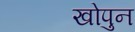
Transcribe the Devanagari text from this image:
खोपुन